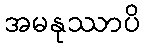
အမနုဿာပိ